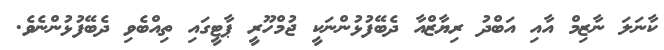
ކާނަލަ ނާޒިމް އާއި އަބްދު ރިޔާޒްއާ ދެބޭފުޅުންނަކީ ޖުމްހޫރީ ޕާޓީގައި ތިއްބެވި ދެބޭފުޅުންނެވެ.